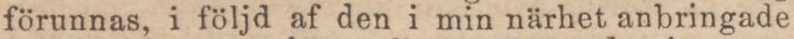
förunnas, i följd af den i min närhet anbringade